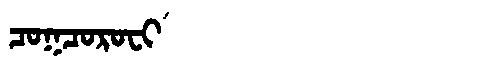
Manchu: ᠴᠣᡴᠴᠣᡵᠣᠸᡳ
Romanization: COKCOROFI